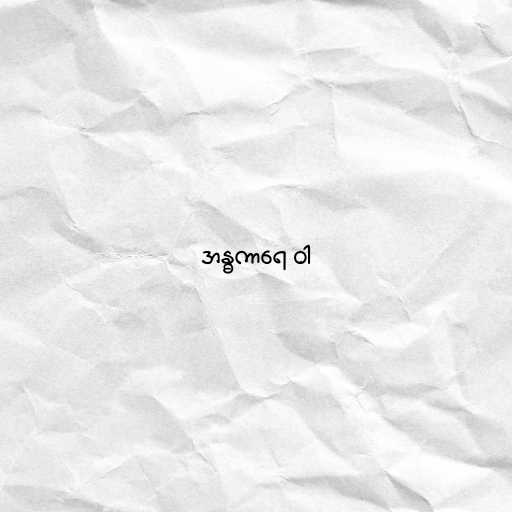
အန္ဓကာရေ ဝါ